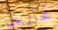
محاربين